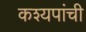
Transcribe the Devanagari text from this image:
कश्यपांची